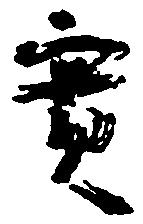
実